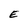
Character: E